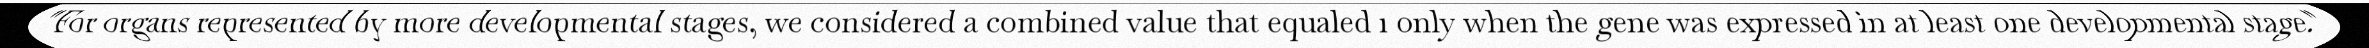
"For organs represented by more developmental stages, we considered a combined value that equaled 1 only when the gene was expressed in at least one developmental stage."